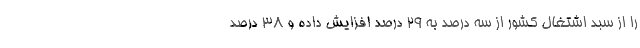
را از سبد اشتغال کشور از سه درصد به ۲۹ درصد افزایش داده و ۳۸ درصد